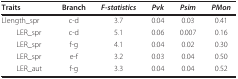
| Traits | Branch | F-statistics | Pvk | Psim | PMon |
 | --- | --- | --- | --- | --- | --- |
 | Llength_spr | c-d | 3.7 | 0.04 | 0.03 | 0.41 |
 | LER_spr | c-d | 5.1 | 0.06 | 0.007 | 0.16 |
 | LER_spr | f-g | 4.1 | 0.04 | 0.02 | 0.30 |
 | LER_spr | e-f | 3.2 | 0.03 | 0.04 | 0.50 |
 | LER_aut | f-g | 3.3 | 0.04 | 0.04 | 0.52 |